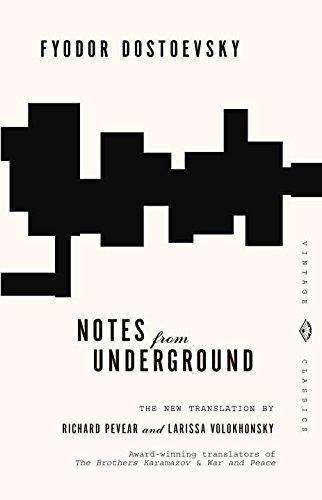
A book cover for Notes from Underground (Vintage Classics); Fyodor Dostoevsky; Literature & Fiction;